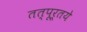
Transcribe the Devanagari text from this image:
तत्पूर्तये